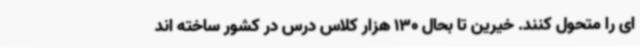
ای را متحول کنند. خیرین تا بحال 130 هزار کلاس درس در کشور ساخته اند